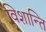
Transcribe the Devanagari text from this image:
विशान्ति